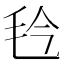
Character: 㲐